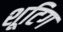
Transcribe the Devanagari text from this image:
शूटिग